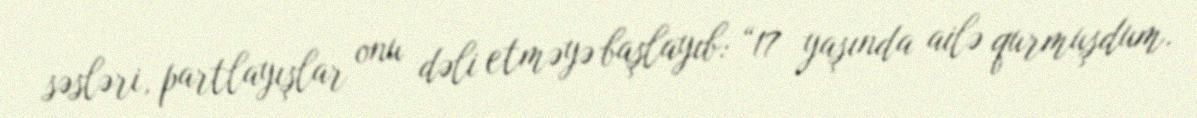
səsləri, partlayışlar onu dəli etməyə başlayıb: “17 yaşında ailə qurmuşdum.